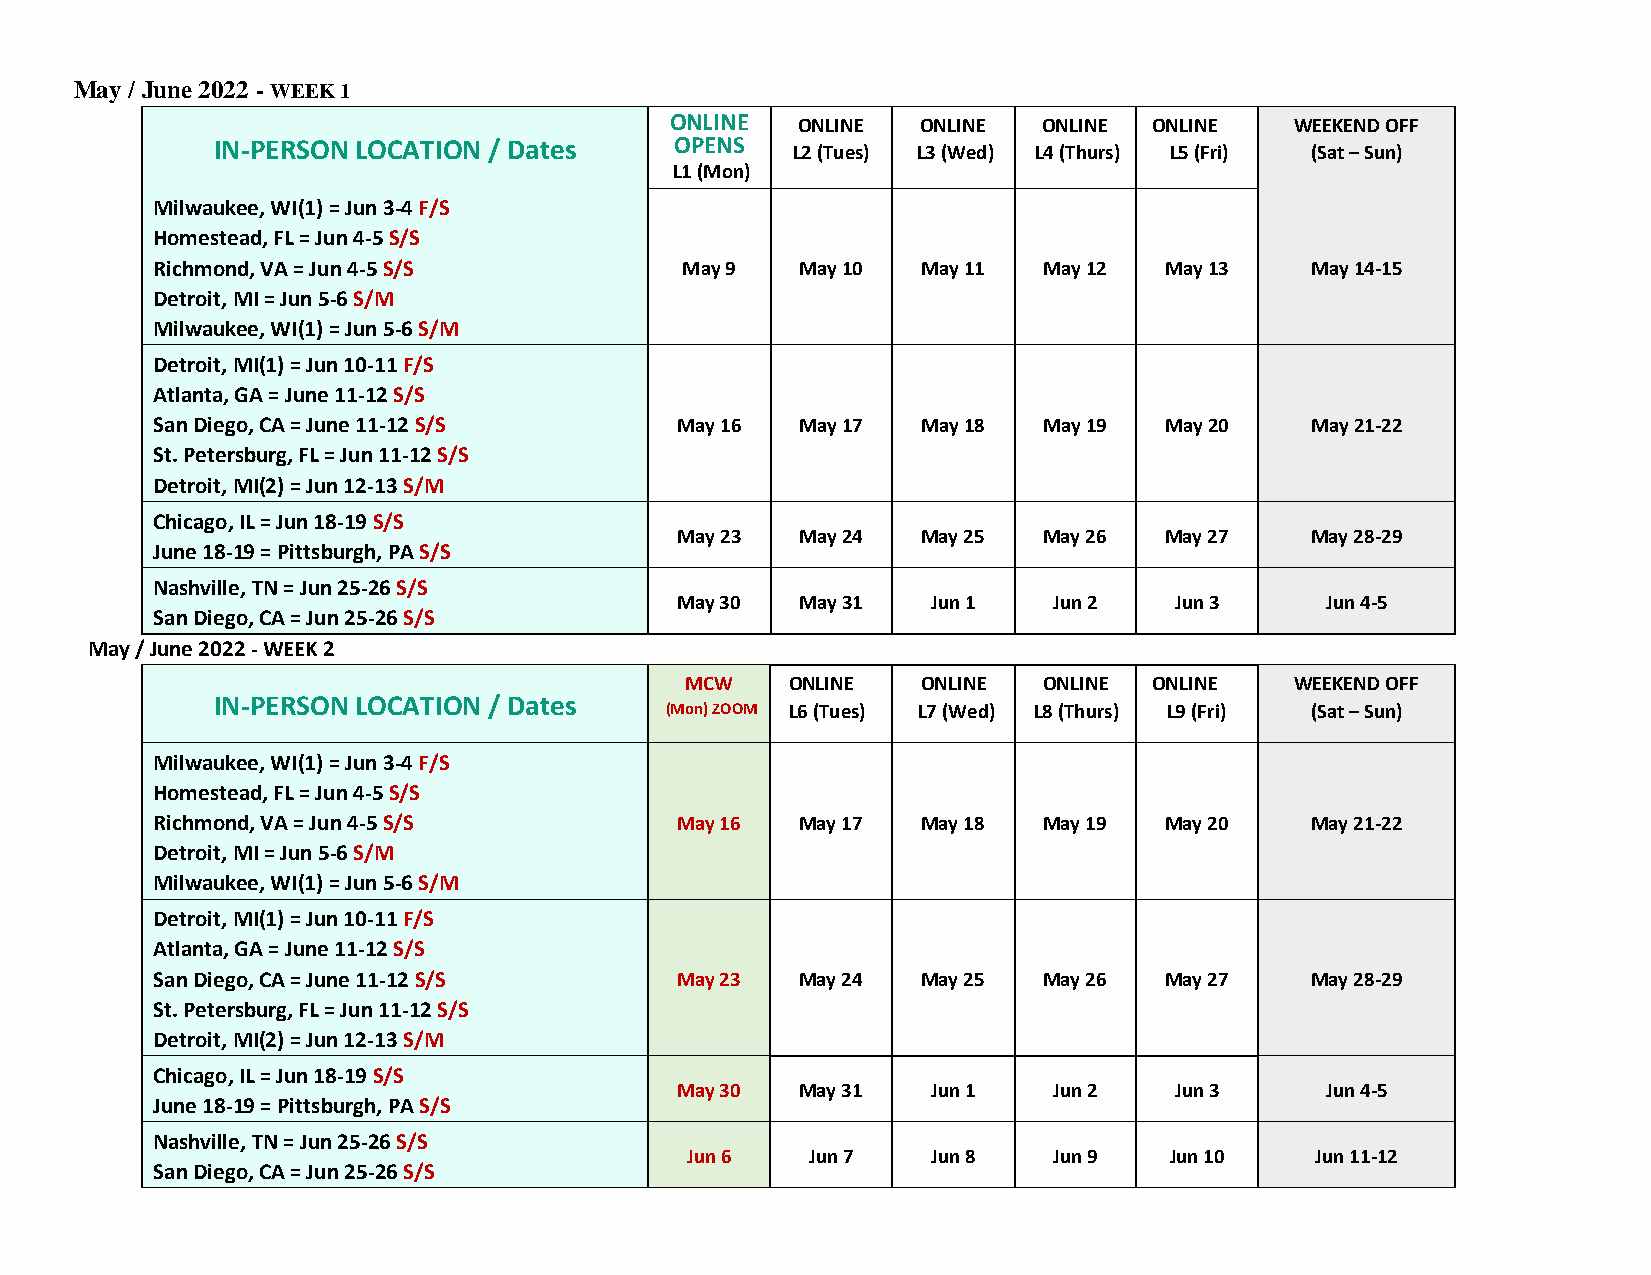
May / June 2022 - WEEK 1
 ONLINE   ONLINE  ONLINE  ONLINE ONLINE    WEEKEND OFF
 IN-PERSON LOCATION / Dates     OPENS
 L2 (Tues) L3 (Wed) L4 (Thurs) L5 (Fri) (Sat – Sun)
 L1 (Mon)
 Milwaukee, WI(1) = Jun 3-4 F/S
 Homestead, FL = Jun 4-5 S/S
 Richmond, VA = Jun 4-5 S/S         May 9   May 10  May 11  May 12  May 13    May 14-15
 Detroit, MI = Jun 5-6 S/M
 Milwaukee, WI(1) = Jun 5-6 S/M
 Detroit, MI(1) = Jun 10-11 F/S
 Atlanta, GA = June 11-12 S/S
 San Diego, CA = June 11-12 S/S     May 16  May 17  May 18  May 19  May 20    May 21-22
 St. Petersburg, FL = Jun 11-12 S/S
 Detroit, MI(2) = Jun 12-13 S/M
 Chicago, IL = Jun 18-19 S/S
 May 23  May 24  May 25  May 26  May 27    May 28-29
 June 18-19 = Pittsburgh, PA S/S
 Nashville, TN = Jun 25-26 S/S
 May 30  May 31   Jun 1   Jun 2   Jun 3     Jun 4-5
 San Diego, CA = Jun 25-26 S/S
 May / June 2022 - WEEK 2
 MCW    ONLINE   ONLINE  ONLINE ONLINE    WEEKEND OFF
 IN-PERSON LOCATION / Dates
 (Mon) ZOOM L6 (Tues) L7 (Wed) L8 (Thurs) L9 (Fri) (Sat – Sun)
 Milwaukee, WI(1) = Jun 3-4 F/S
 Homestead, FL = Jun 4-5 S/S
 Richmond, VA = Jun 4-5 S/S         May 16  May 17  May 18  May 19  May 20    May 21-22
 Detroit, MI = Jun 5-6 S/M
 Milwaukee, WI(1) = Jun 5-6 S/M
 Detroit, MI(1) = Jun 10-11 F/S
 Atlanta, GA = June 11-12 S/S
 San Diego, CA = June 11-12 S/S     May 23  May 24  May 25  May 26  May 27    May 28-29
 St. Petersburg, FL = Jun 11-12 S/S
 Detroit, MI(2) = Jun 12-13 S/M
 Chicago, IL = Jun 18-19 S/S
 May 30  May 31   Jun 1   Jun 2   Jun 3     Jun 4-5
 June 18-19 = Pittsburgh, PA S/S
 Nashville, TN = Jun 25-26 S/S
 Jun 6    Jun 7   Jun 8   Jun 9  Jun 10    Jun 11-12
 San Diego, CA = Jun 25-26 S/S